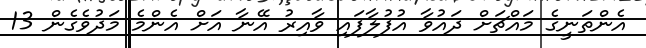
އެންތަނީގެ މައްޗަށް ދައުވާ އުފުލާފައި ވާއިރު އޭނާ އަށް އެންމެ މަދުވެގެން 13